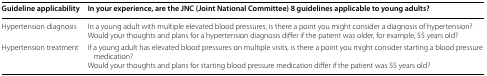
<table><thead><tr><td><b>Guideline applicability</b></td><td><b>In your experience, are the JNC (Joint National Committee) 8 guidelines applicable to young adults?</b></td></tr></thead><tbody><tr><td>Hypertension diagnosis</td><td>In a young adult with multiple elevated blood pressures, is there a point you might consider a diagnosis of hypertension?Would your thoughts and plans for a hypertension diagnosis differ if the patient was older, for example, 55 years old?</td></tr><tr><td>Hypertension treatment</td><td>If a young adult has elevated blood pressures on multiple visits, is there a point you might consider starting a blood pressure medication?Would your thoughts and plans for starting blood pressure medication differ if the patient was 55 years old?</td></tr></tbody></table>